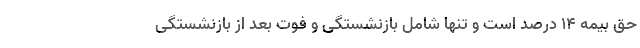
حق بیمه ۱۴ درصد است و تنها شامل بازنشستگی و فوت بعد از بازنشستگی